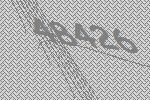
48426